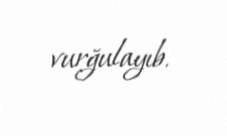
vurğulayıb.